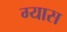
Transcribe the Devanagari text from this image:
ग्यास